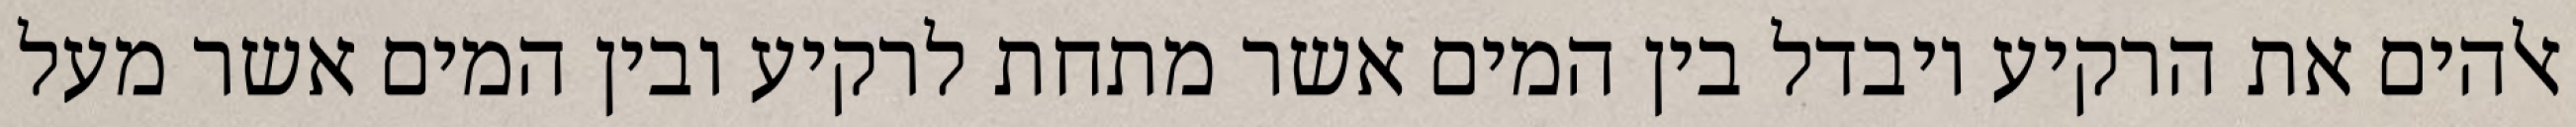
אלהים את הרקיע ויבדל בין המים אשר מתחת לרקיע ובין המים אשר מעל